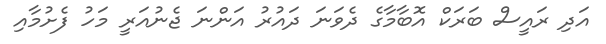
އަދި ރައީސް ބަރަކް އޮބާމާގެ ދެވަނަ ދައުރު އަންނަ ޖެނުއަރީ މަހު ފެށުމާއި